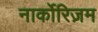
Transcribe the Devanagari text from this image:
नार्कोरिज़म